Vaccination in Bombay 1874-1876 - 1874-1876
Year: 1874
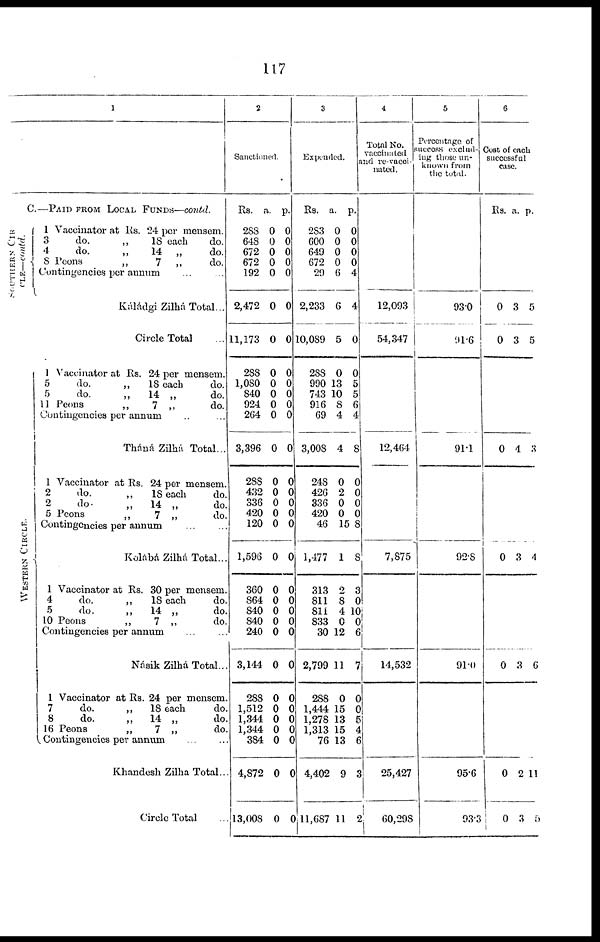
117
1
C.—PAID FROM LOCAL FUNDS—contd.
SOUTHERN CIR¬
CLE—contd.
WESTERN CIRCLE.
1 Vaccinator at Rs. 24 per mensem.
3
do.
„
18 each
do.
4
do.
„
14 „
do.
8 Peons
„
7 „
do.
Contingencies per annum ... ...
Káládgi Zilhá Total...
Circle Total ...
1 Vaccinator at Rs. 24 per mensem.
5
do.
„
18 each
do.
5
do.
„
14 „
do.
11 Peons
„
7 „
do.
Contingencies per annum ... ...
Tháná Zilhá Total...
1 Vaccinator at Rs. 24 per mensem.
2
do.
„
18 each
do.
2
do.
„
14 „
do.
5 Peons
„
7 „
do.
Contingencies per annum ... ...
Kolábá Zilhá Total...
1 Vaccinator at Rs. 30 per mensem.
4
do.
„
18 each
do.
5
do.
„
14 „
do.
10 Peons
„
7 „
do.
Contingencies per annum ... ...
Násik Zilhá Total..
1 Vaccinator at Rs. 24 per mensem.
7
do.
„
18 each
do.
8
do.
„
14 „
do.
16 Peons
„
7 „
do.
Contingencies per annum ... ...
Khandesh Zilha Total..
Circle Total ...
2
Sanctioned.
Rs.
288
648
672
672
192
2,472
11,173
288
1,080
840
924
264
3,396
288
432
336
420
120
1,596
360
864
840
840
240
3,144
288
1,512
1,344
1,344
384
4,872
13,008
a.
0
0
0
0
0
0
0
0
0
0
0
0
0
0
0
0
0
0
0
0
0
0
0
0
0
0
0
0
0
0
0
0
p.
0
0
0
0
0
0
0
0
0 0
0
0
0
0
0
0
0
0
0
0
0
0
0
0
0
0
0
0
0
0
0
0
3
Expended.
Rs.
283
600
649
672
29
2,233
10,089
288
990
743
916
69
3,008
248
426
336
420
46
1,477
313
811
811
833
30
2,799
288
1,444
1,278
1,313
76
4,402
11,687
a.
0
0
0
0
6
6
5
0
13
10
8
4
4
0
2
0
0
15
1
2
8
4
0
12
11
0
15
13
15
13
9
11
p.
0
0
0
0
4
4
0
0
5
5
6
4
8
0
0
0
0
8
8
3
0
10
0
6
7
0
0
5
4
6
3
2
4
Total No.
vaccinated
and re-vacci-
nated.
12,093
54,347
12,464
7,875
14,532
25,427
60,298
5
Percentage of
success exclud-
ing those un-
known from
the total.
93.0
91.6
91.1
92.8
91.0
95.6
93.3
6
Cost of each
successful
case.
Rs. a. p.
0
0
3
3
5
5
0 4 3
0 3 4
0 3 6
0
0
2
3
11
5